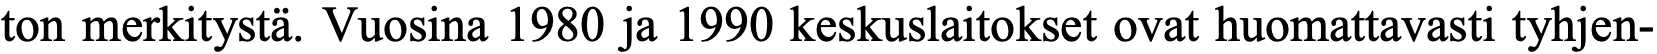
ton merkitystä. Vuosina 1980 ja 1990 keskuslaitokset ovat huomattavasti tyhjen-